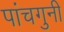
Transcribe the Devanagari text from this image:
पांचगुनी